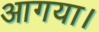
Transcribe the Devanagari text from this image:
आगया।